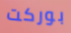
بوركت